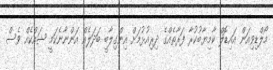
މޯލްޑިވިއަން އައިޑޮލް ކާމިޔާބުކުރާ ފަރާތެއްގެ ދިރިއުޅުމަށް އިންގިލާބީ ބަދަލެއް އަންނާނެކަމީ ޝައްކެއް ވެސް